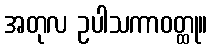
အတုလ ဥပါသကာဝတ္ထု။